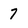
Character: 7